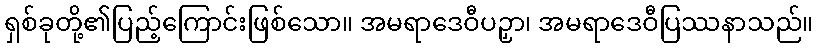
ရှစ်ခုတို့၏ပြည့်ကြောင်းဖြစ်သော။ အမရာဒေဝီပဉှာ၊ အမရာဒေဝီပြဿနာသည်။